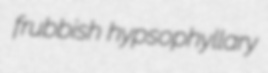
frubbish hypsophyllary